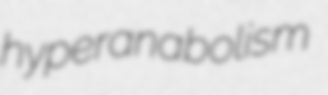
hyperanabolism